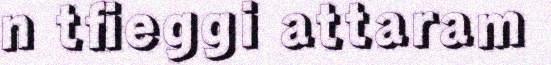
n tfieggi attaram